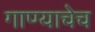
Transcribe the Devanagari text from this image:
गाण्याचेच